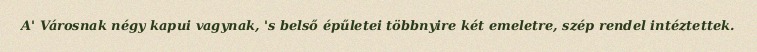
A' Városnak négy kapui vagynak, 's belső épűletei többnyire két emeletre, szép rendel intéztettek.